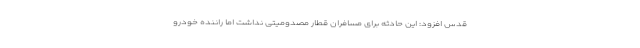
قدس افزود: این حادثه برای مسافران قطار مصدومیتی نداشت اما راننده خودرو